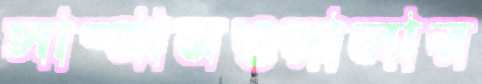
সাম্পানওয়ালার